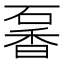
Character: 𥔡